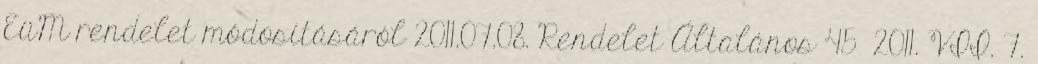
EüM rendelet módosításáról 2011.07.08. Rendelet Általános 45 2011. VII. 7.